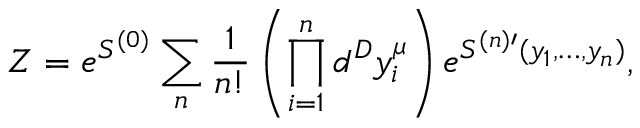
Z = e ^ { S ^ { ( 0 ) } } \sum _ { n } { \frac { 1 } { n ! } } \left( \prod _ { i = 1 } ^ { n } d ^ { D } y _ { i } ^ { \mu } \right) e ^ { S ^ { ( n ) \prime } ( y _ { 1 } , \dots , y _ { n } ) } ,